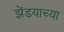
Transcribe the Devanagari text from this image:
झेंडयाच्या